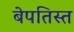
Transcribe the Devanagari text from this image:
बेपतिस्त